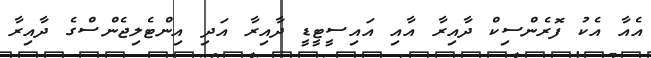
އެއާ އެކު ފޮރެންސިކް ދާއިރާ އާއި އައިސީޓީޑީ ދާއިރާ އަދި އިންޓެލިޖެންސްގެ ދާއިރާ